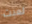
لعبت